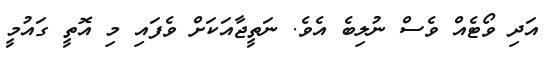
އަދި ވޯޓެއް ވެސް ނުލިބެ އެވެ. ނަތީޖާއަކަށް ވެފައި މި އޮތީ ގައުމީ